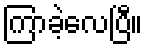
ကြာခဲ့လေပြီ။